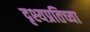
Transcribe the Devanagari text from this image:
दृश्यप्रतिच्या